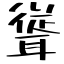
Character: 聳